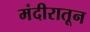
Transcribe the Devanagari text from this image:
मंदीरातून